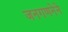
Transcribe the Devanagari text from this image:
जनगणनेने